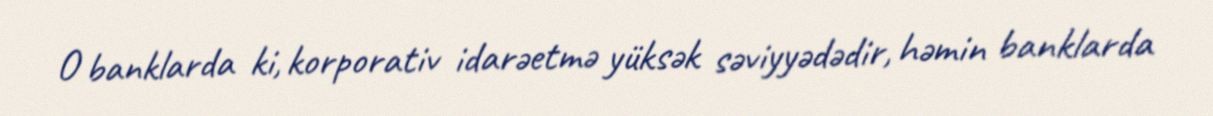
O banklarda ki, korporativ idarəetmə yüksək səviyyədədir, həmin banklarda